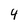
Character: 4